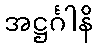
အဋ္ဌင်္ဂါနိ